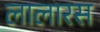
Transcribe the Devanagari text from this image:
लालारस